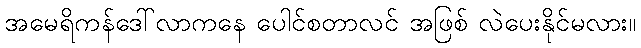
အမေရိကန်ဒေါ်လာကနေ ပေါင်စတာလင် အဖြစ် လဲပေးနိုင်မလား။